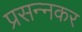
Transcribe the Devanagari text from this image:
प्रसन्नकर